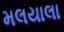
મલયાલા